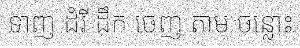
ទាញ ដំរី ដឹក ចេញ តាម ចន្លោះ